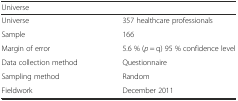
<table><thead><tr><td><b>Universe</b></td><td></td></tr></thead><tbody><tr><td>Universe</td><td>357 healthcare professionals</td></tr><tr><td>Sample</td><td>166</td></tr><tr><td>Margin of error</td><td>5.6 % (<i>p</i> = q) 95 % confidence level</td></tr><tr><td>Data collection method</td><td>Questionnaire</td></tr><tr><td>Sampling method</td><td>Random</td></tr><tr><td>Fieldwork</td><td>December 2011</td></tr></tbody></table>